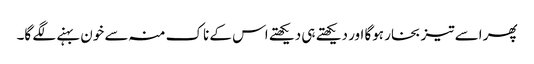
پھر اسے تیز بخار ہوگا اور دیکھتے ہی دیکھتے اس کے ناک منہ سے خون بہنے لگے گا۔